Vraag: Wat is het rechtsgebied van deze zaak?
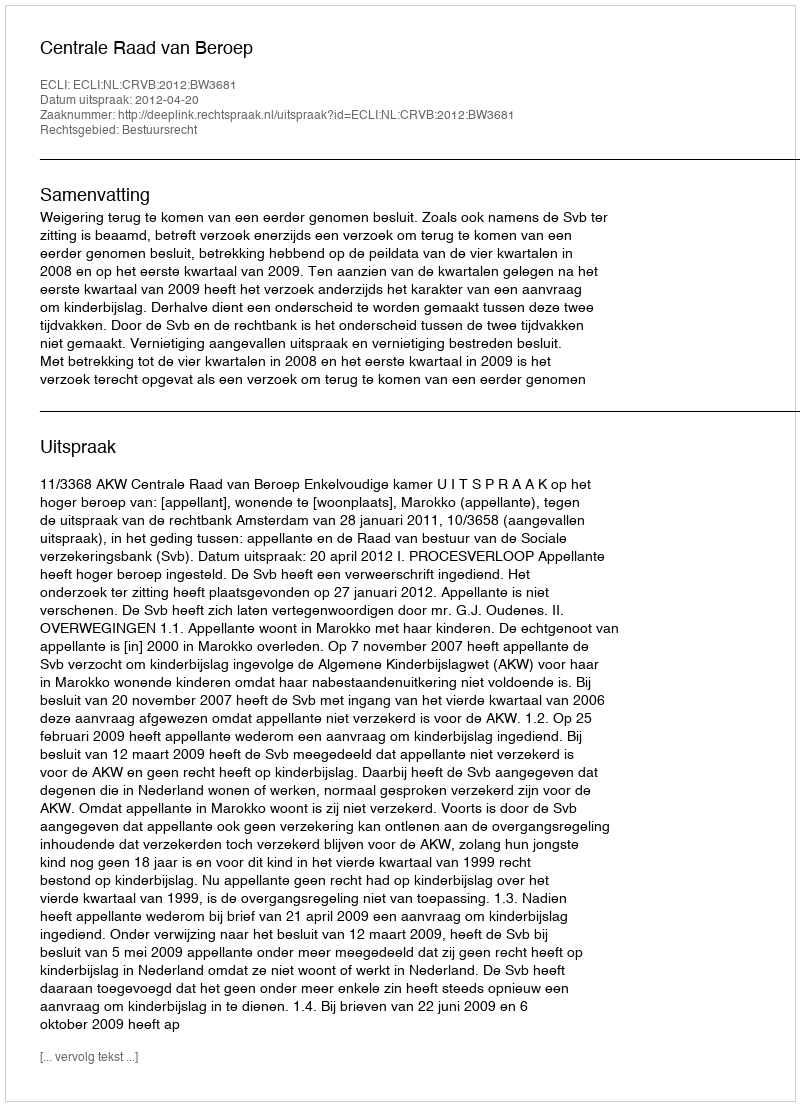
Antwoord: Bestuursrecht